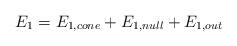
LaTeX: \begin{align*}E_1 = E_{1,cone} + E_{1, null} + E_{1,out}\end{align*}